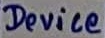
Text: Device